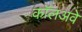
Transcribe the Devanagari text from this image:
कॉलअवे